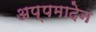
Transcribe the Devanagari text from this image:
अप्पमादेन